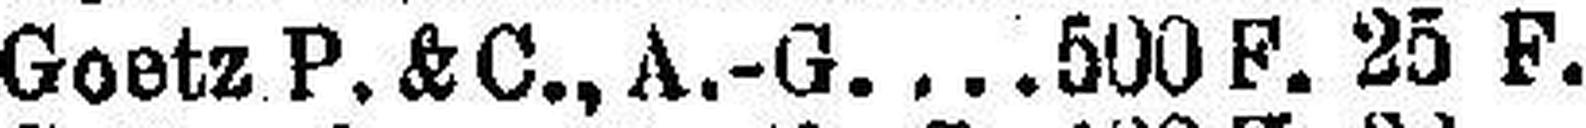
Goetz P. & C., A.-G. 500 F. 25 F.